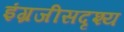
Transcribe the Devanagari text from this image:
इंग्रजीसदृश्य